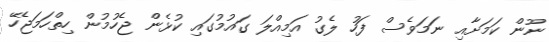
ނޫން ކަމަށާއި ނަމަވެސް ފަހު ލެގު އަމިއްލަ ގައުމުގައި ކުޅެން ޖެހުމުން ހިތްހަމަޖެހޭ